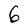
Character: 6